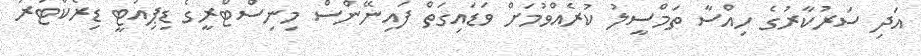
އަދި ސަރުކާރުގެ ހިއްސާ ތަމްސީލު ކުރެއްވުމަށް ވަޑައިގަތް ފައިނޭންސް މިނިސްޓްރީގެ ޑިޕިއުޓީ ޑިރެކްޓަރު